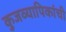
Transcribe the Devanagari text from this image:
कुजव्यापिकांची